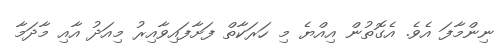
ނިންމާފަ އެވެ. އެގޮތުން އިއްޔެ މި ހަރަކާތް ފަށާފައިވާއިރު މިއަދު އާއި މާދަމާ